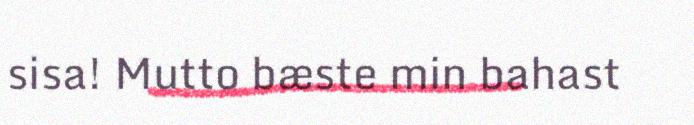
sisa! Mutto bæste min bahast